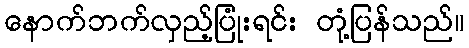
နောက်ဘက်လှည့်ပြုံးရင်း တုံ့ပြန်သည်။